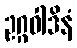
ဥဂ္ဂဝါဒိနံ